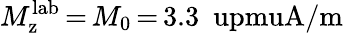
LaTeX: M_{\mathrm{z}}^{\mathrm{lab}}\, {=}\, M_{0}\, {=}\, 3.3~\mathrm{\ upmuA/m}